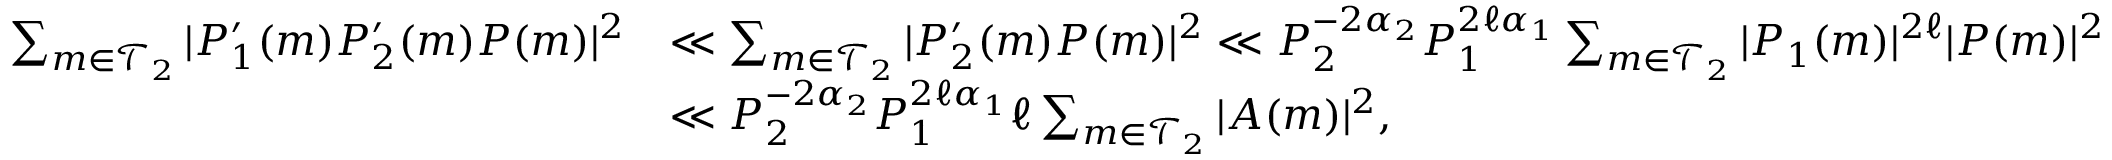
\begin{array} { r l } { \sum _ { m \in \mathcal { T } _ { 2 } } | P _ { 1 } ^ { \prime } ( m ) P _ { 2 } ^ { \prime } ( m ) P ( m ) | ^ { 2 } } & { \ll \sum _ { m \in \mathcal { T } _ { 2 } } | P _ { 2 } ^ { \prime } ( m ) P ( m ) | ^ { 2 } \ll P _ { 2 } ^ { - 2 \alpha _ { 2 } } P _ { 1 } ^ { 2 \ell \alpha _ { 1 } } \sum _ { m \in \mathcal { T } _ { 2 } } | P _ { 1 } ( m ) | ^ { 2 \ell } | P ( m ) | ^ { 2 } } \\ & { \ll P _ { 2 } ^ { - 2 \alpha _ { 2 } } P _ { 1 } ^ { 2 \ell \alpha _ { 1 } } \ell \sum _ { m \in \mathcal { T } _ { 2 } } | A ( m ) | ^ { 2 } , } \end{array}